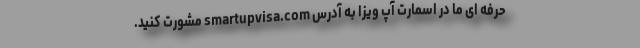
حرفه ای ما در اسمارت آپ ویزا به آدرس smartupvisa.com مشورت کنید.